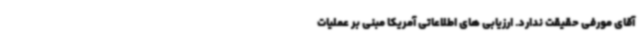
آقای مورفی حقیقت ندارد. ارزیابی های اطلاعاتی آمریکا مبنی بر عملیات